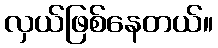
လှယ်ဖြစ်နေတယ်။